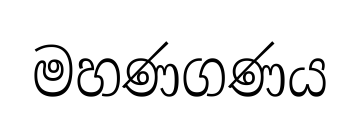
මහණගණය